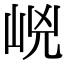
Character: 㟅